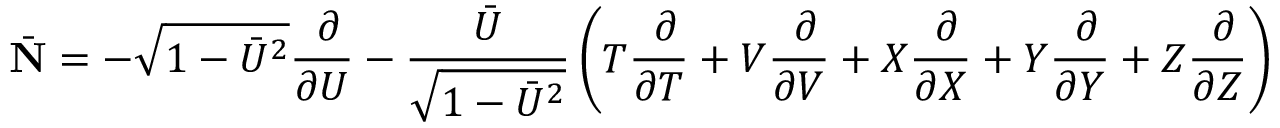
\bar { \bf N } = - \sqrt { 1 - \bar { U } ^ { 2 } } \frac { ~ \partial } { \partial U } - \frac { \bar { U } } { \sqrt { 1 - \bar { U } ^ { 2 } } } \left( T \frac { ~ \partial } { \partial T } + V \frac { ~ \partial } { \partial V } + X \frac { ~ \partial } { \partial X } + Y \frac { ~ \partial } { \partial Y } + Z \frac { ~ \partial } { \partial Z } \right)